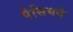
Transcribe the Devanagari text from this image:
पेसियदे